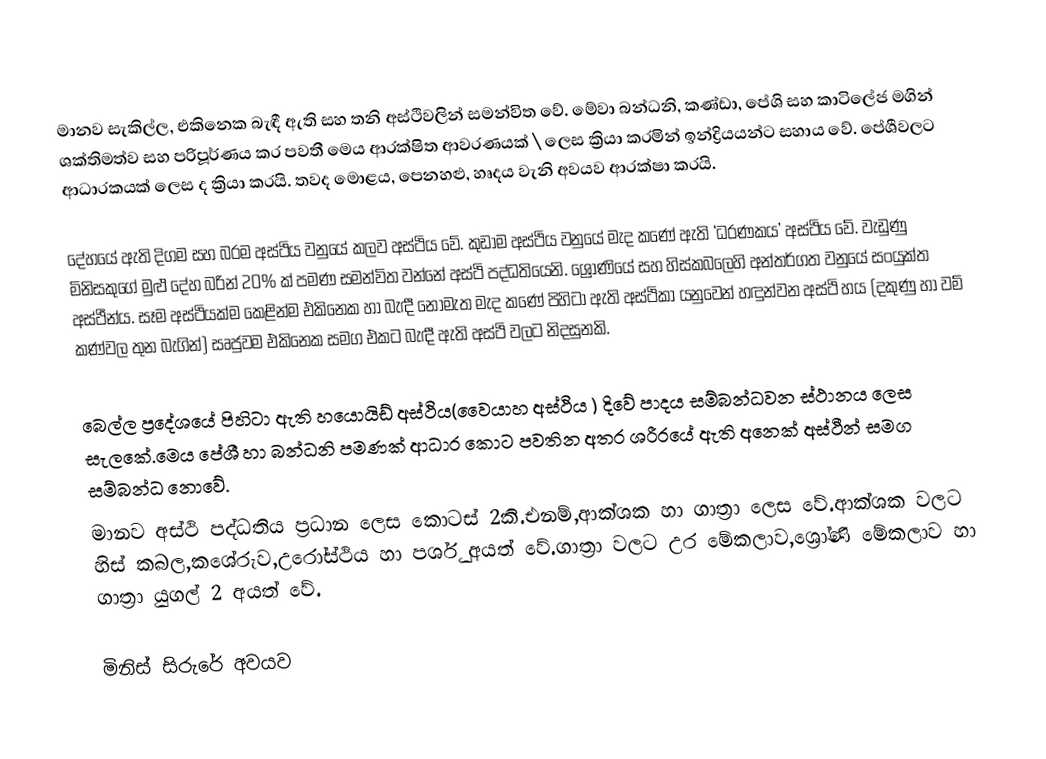
මානව සැකිල්ල, එකිනෙක බැඳී ඇති සහ තනි අස්ථිවලින් සමන්විත වේ. මේවා බන්ධනි, කණ්ඩා, පේශි සහ කාටිලේජ මගින් ශක්තිමත්ව සහ පරිපූර්ණය කර පවතී  මෙය ආරක්ෂිත ආවරණයක් \ ලෙස ක්‍රියා කරමින් ඉන්ද්‍රියයන්ට සහාය වේ. පේශීවලට ආධාරකයක් ලෙස ද ක්‍රියා කරයි. තවද මොළය, පෙනහළු, හෘදය වැනි අවයව ආරක්ෂා කරයි.

දේහයේ ඇති දිගම සහ බරම අස්ථිය වනුයේ කලව අස්ථිය වේ. කුඩාම අස්ථිය වනුයේ මැද කණේ ඇති ‘ධරණකය’ අස්ථිය වේ. වැඩුණු මිනිසකුගේ මුළු දේහ බරින් 20% ක් පමණ සමන්විත වන්නේ අස්ථි පද්ධතියෙනි. ශ්‍රෝණියේ සහ හිස්කබලෙහි අන්තර්ගත වනුයේ සංයුක්ත අස්ථීන්ය. සෑම අස්ථියක්ම කෙළින්ම එකිනෙක හා බැඳී නොමැත මැද කණේ පිහිටා ඇති අස්ථිකා යනුවෙන් හඳුන්වන අස්ථි හය (දකුණු හා වම් කණ්වල තුන බැගින්) සෘජුවම එකිනෙක සමග එකට බැඳී ඇති අස්ථි වලට නිදසුනකි.

බෙල්ල ප්‍රදේශයේ පිහිටා ඇති හයොයිඩ් අස්ථිය(වෛයාහ අස්ථිය ) දිවේ පාදය සම්බන්ධවන ස්ථානය ලෙස සැලකේ.මෙය පේශී හා බන්ධනි පමණක් ආධාර කොට පවතින අතර ශරීරයේ ඇති අනෙක් අස්ථීන් සමග සම්බන්ධ නොවේ.
මානව අස්ථි පද්ධතිය ප්‍රධාන ලෙස කොටස් 2කි.එනම්,ආක්ශක හා ගාත්‍රා ලෙස වේ.ආක්ශක වලට හිස් කබල,කශේරුව,උරෝස්ථිය හා පර්ශු අයත් වේ.ගාත්‍රා වලට උර මේකලාව,ශ්‍රෝණි මේකලාව හා ගාත්‍රා යුගල් 2 අයත් වේ.

මිනිස් සිරුරේ අවයව